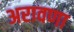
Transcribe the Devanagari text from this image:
अरावणा